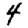
Digit: 4